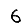
Digit: 6